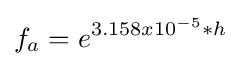
f_{a}=e^{3.158x10^{-5}*h}